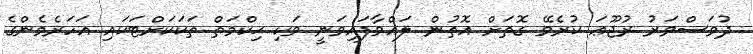
ދުވަސްވަރު ރުޖޫޢަ ކުރެވޭ ގޮތަށް އޮތުން ލައްވާފައިވަނީ ވަކި ޙިކްމަތް ތަކަކަށްޓަކައި އަހަރެމެންގެ